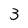
Character: 3